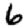
Digit: 6